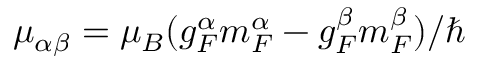
\mu _ { \alpha \beta } = \mu _ { B } ( g _ { F } ^ { \alpha } m _ { F } ^ { \alpha } - g _ { F } ^ { \beta } m _ { F } ^ { \beta } ) / \hbar